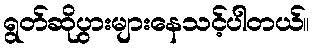
ရွတ်ဆိုပွားများနေသင့်ပါတယ်။